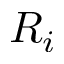
R _ { i }